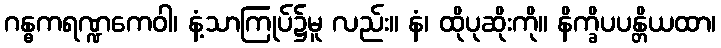
ဂန္ဓကရဏ္ဍကေဝါ၊ နံ့သာကြုပ်၌မူ လည်း။ နံ၊ ထိုပုဆိုးကို။ နိက္ခိပပန္တိယထာ၊